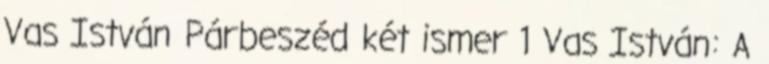
Vas István Párbeszéd két ismer 1 Vas István: A